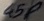
Text: 45P